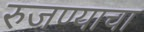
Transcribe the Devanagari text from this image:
रुजण्याचा